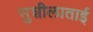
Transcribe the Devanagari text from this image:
सुशीलाताई